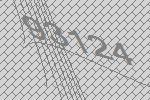
93124